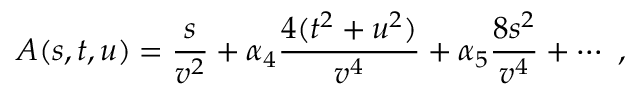
A ( s , t , u ) = \frac { s } { v ^ { 2 } } + \alpha _ { 4 } \frac { 4 ( t ^ { 2 } + u ^ { 2 } ) } { v ^ { 4 } } + \alpha _ { 5 } \frac { 8 s ^ { 2 } } { v ^ { 4 } } + \cdots ~ ,